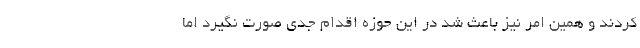
کردند و همین امر نیز باعث شد در این حوزه اقدام جدی صورت نگیرد اما